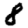
Digit: 8